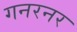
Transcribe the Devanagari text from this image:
गनरनर